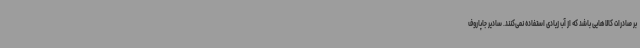
بر صادرات کالاهایی باشد که از آب زیادی استفاده نمی‌کنند. سادیر جاپاروف